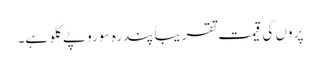
پروں کی قیمت تقریباً پندرہ سو روپے کلو ہے۔